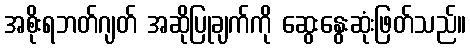
အစိုးရဘတ်ဂျတ် အဆိုပြုချက်ကို ဆွေးနွေးဆုံးဖြတ်သည်။